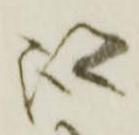
跡